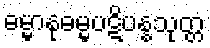
ဓမ္မာနုဓမ္မပဋိပန္နသုတ္တ